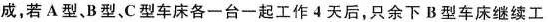
成，若A型、B型、C型车床各一台一起工作4天后，只余下B型车床继续工